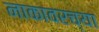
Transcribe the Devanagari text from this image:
नाकावरच्या